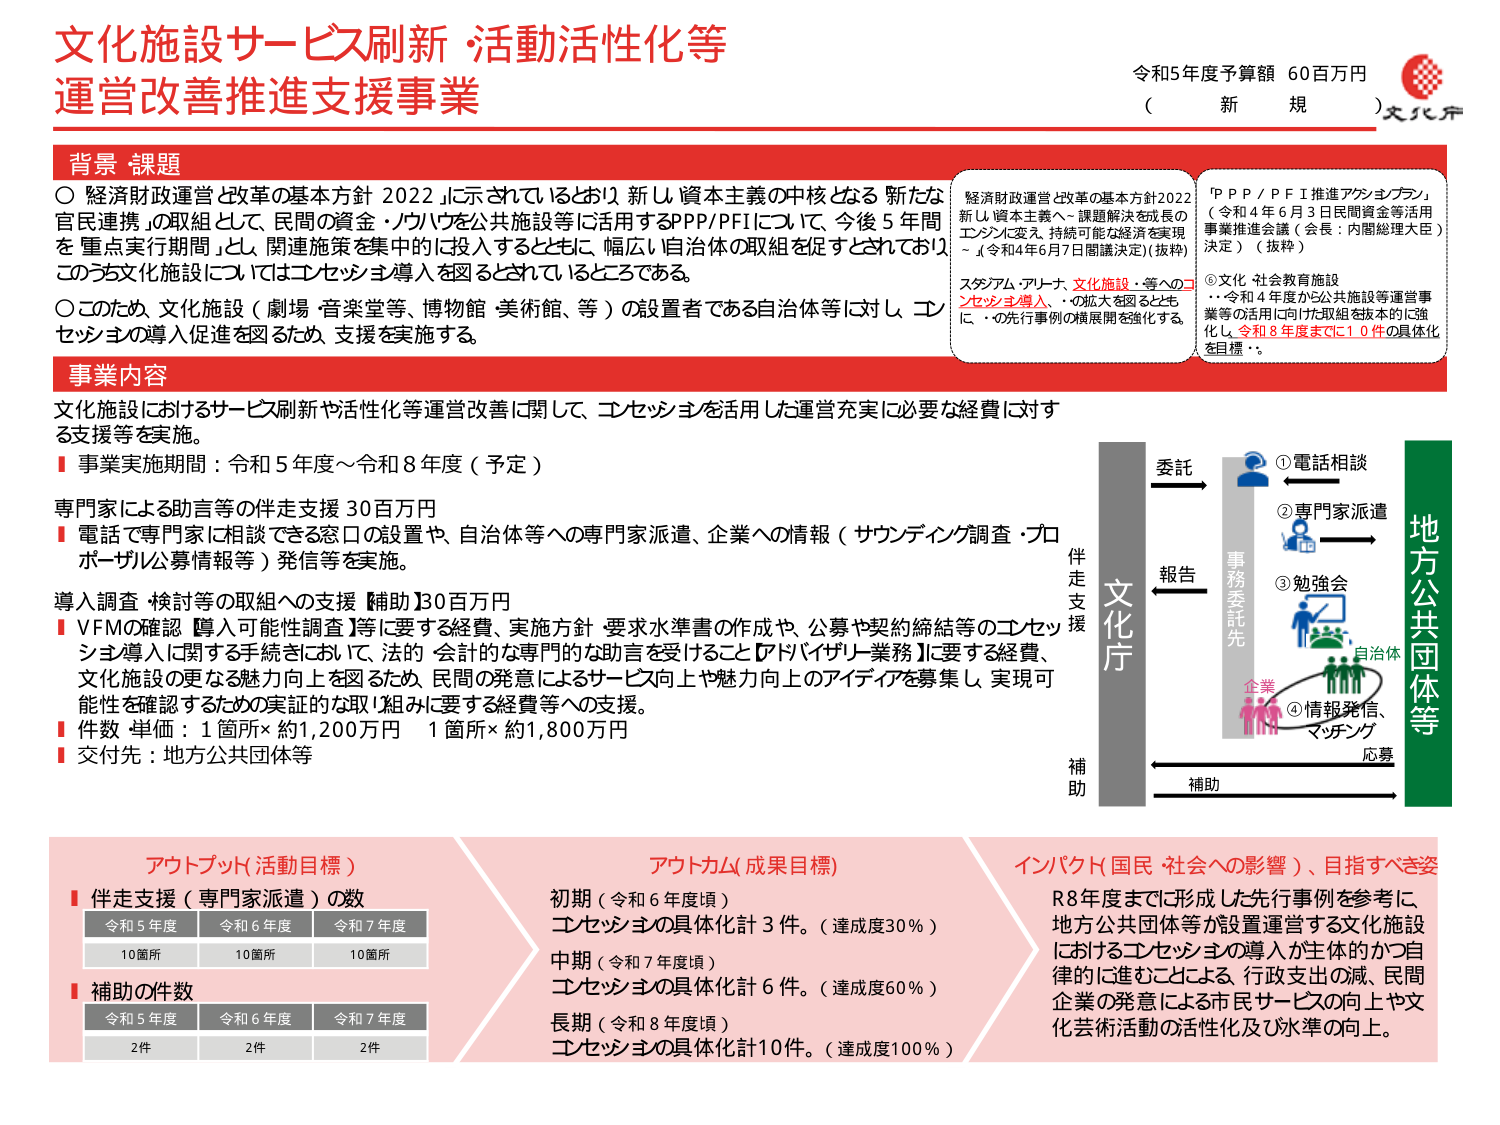
文化施設サービス刷新・活動活性化等
運営改善推進支援事業

令和5年度予算額 60百万円
（ 新 規 ）文化庁

背景 課題
○ 経済財政運営と改革の基本方針 2022」に示されているとおり、新しい資本主義の中核となる「新たな官民連携」の取組として、民間の資金・ノウハウを公共施設等に活用するPPP/PFIについて、「今後5年間を重点実行期間」とし、関連施策を集中的に投入するとともに、幅広い自治体の取組を促すとされている。このうち文化施設についてはコンセッション導入を図るとされているところである。
○ このため、文化施設（劇場・音楽堂等、博物館・美術館、等）の設置者である自治体等に対し、コンセッションの導入促進を図るため、支援を実施する。

事業内容
文化施設におけるサービス刷新や活性化等運営改善に関して、コンセッションを活用した運営充実に必要な経費に対する支援等を実施。
■ 事業実施期間：令和5年度～令和8年度（予定）
専門家による助言等の伴走支援 30百万円
■ 電話で専門家に相談できる窓口の設置や、自治体等への専門家派遣、企業への情報（サウンディング調査・プロポーザル公募情報等）発信等を実施。
導入調査・検討等の取組への支援【補助】30百万円
■ VFMの確認【導入可能性調査】等に要する経費、実施方針・要求水準書の作成や、公募や契約締結等のコンセッション導入に関する手続きにおいて、法的・会計的な専門的な助言を受けること【アドバイザリー業務】に要する経費、文化施設の更なる魅力向上を図るため、民間の発意によるサービス向上や魅力向上のアイデアを募集し、実現可能性を確認するための実証的な取り組みに要する経費等への支援。
■ 件数・単価：1箇所×約1,200万円　1箇所×約1,800万円
■ 交付先：地方公共団体等

経済財政運営と改革の基本方針2022
新しい資本主義～課題解決を成長のエンジンに変え、持続可能な経済を実現～（令和4年6月7日閣議決定）（抜粋）
スタジアム・アリーナ、文化施設・等へのコンセッション導入・の拡大を図るとともに、・の先行事例の横展開を強化する。

「ＰＰＰ／ＰＦＩ推進アクションプラン」
（令和4年6月3日民間資金等活用事業推進会議（会長：内閣総理大臣）決定）（抜粋）
⑥文化・社会教育施設
…令和4年度から公共施設等運営事業等の活用に向けた取組を抜本的に強化し、令和8年度までに1.0件の具体化を目標※。

委託
①電話相談
②専門家派遣
③勉強会
④情報発信、マッチング
報告
事務委託先
補助
応募
文化庁
地方公共団体等
企業
伴走支援
補助

アウトプット（活動目標）
■ 伴走支援（専門家派遣）の数
令和5年度　令和6年度　令和7年度
10箇所　10箇所　10箇所
■ 補助の件数
令和5年度　令和6年度　令和7年度
2件　2件　2件

アウトカム（成果目標）
初期（令和6年度頃）
コンセッションの具体化計3件。（達成度30％）
中期（令和7年度頃）
コンセッションの具体化計6件。（達成度60％）
長期（令和8年度頃）
コンセッションの具体化計10件。（達成度100％）

インパクト（国民・社会への影響）、目指すべき姿
R8年度までに形成した先行事例を参考に、地方公共団体等が設置運営する文化施設におけるコンセッションの導入が主体的かつ自律的に進むことによる、行政支出の減、民間企業の発意による市民サービスの向上や文化芸術活動の活性化及び水準の向上。